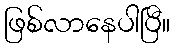
ဖြစ်လာနေပါပြီ။